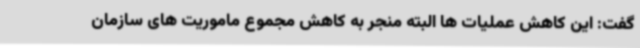
گفت: این کاهش عملیات ها البته منجر به کاهش مجموع ماموریت های سازمان